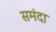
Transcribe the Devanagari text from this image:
समंदा